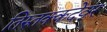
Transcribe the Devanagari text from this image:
तिरुतक्कदेवर